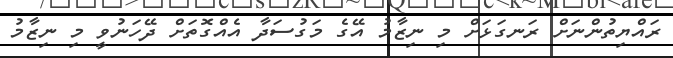
ރައްޔިތުންނަށް ރަނގަޅަށް މި ނިޒާމު އޭގެ މަގުސަދާ އެއްގޮތަށް ދޭހަނުވީ މި ނިޒާމު